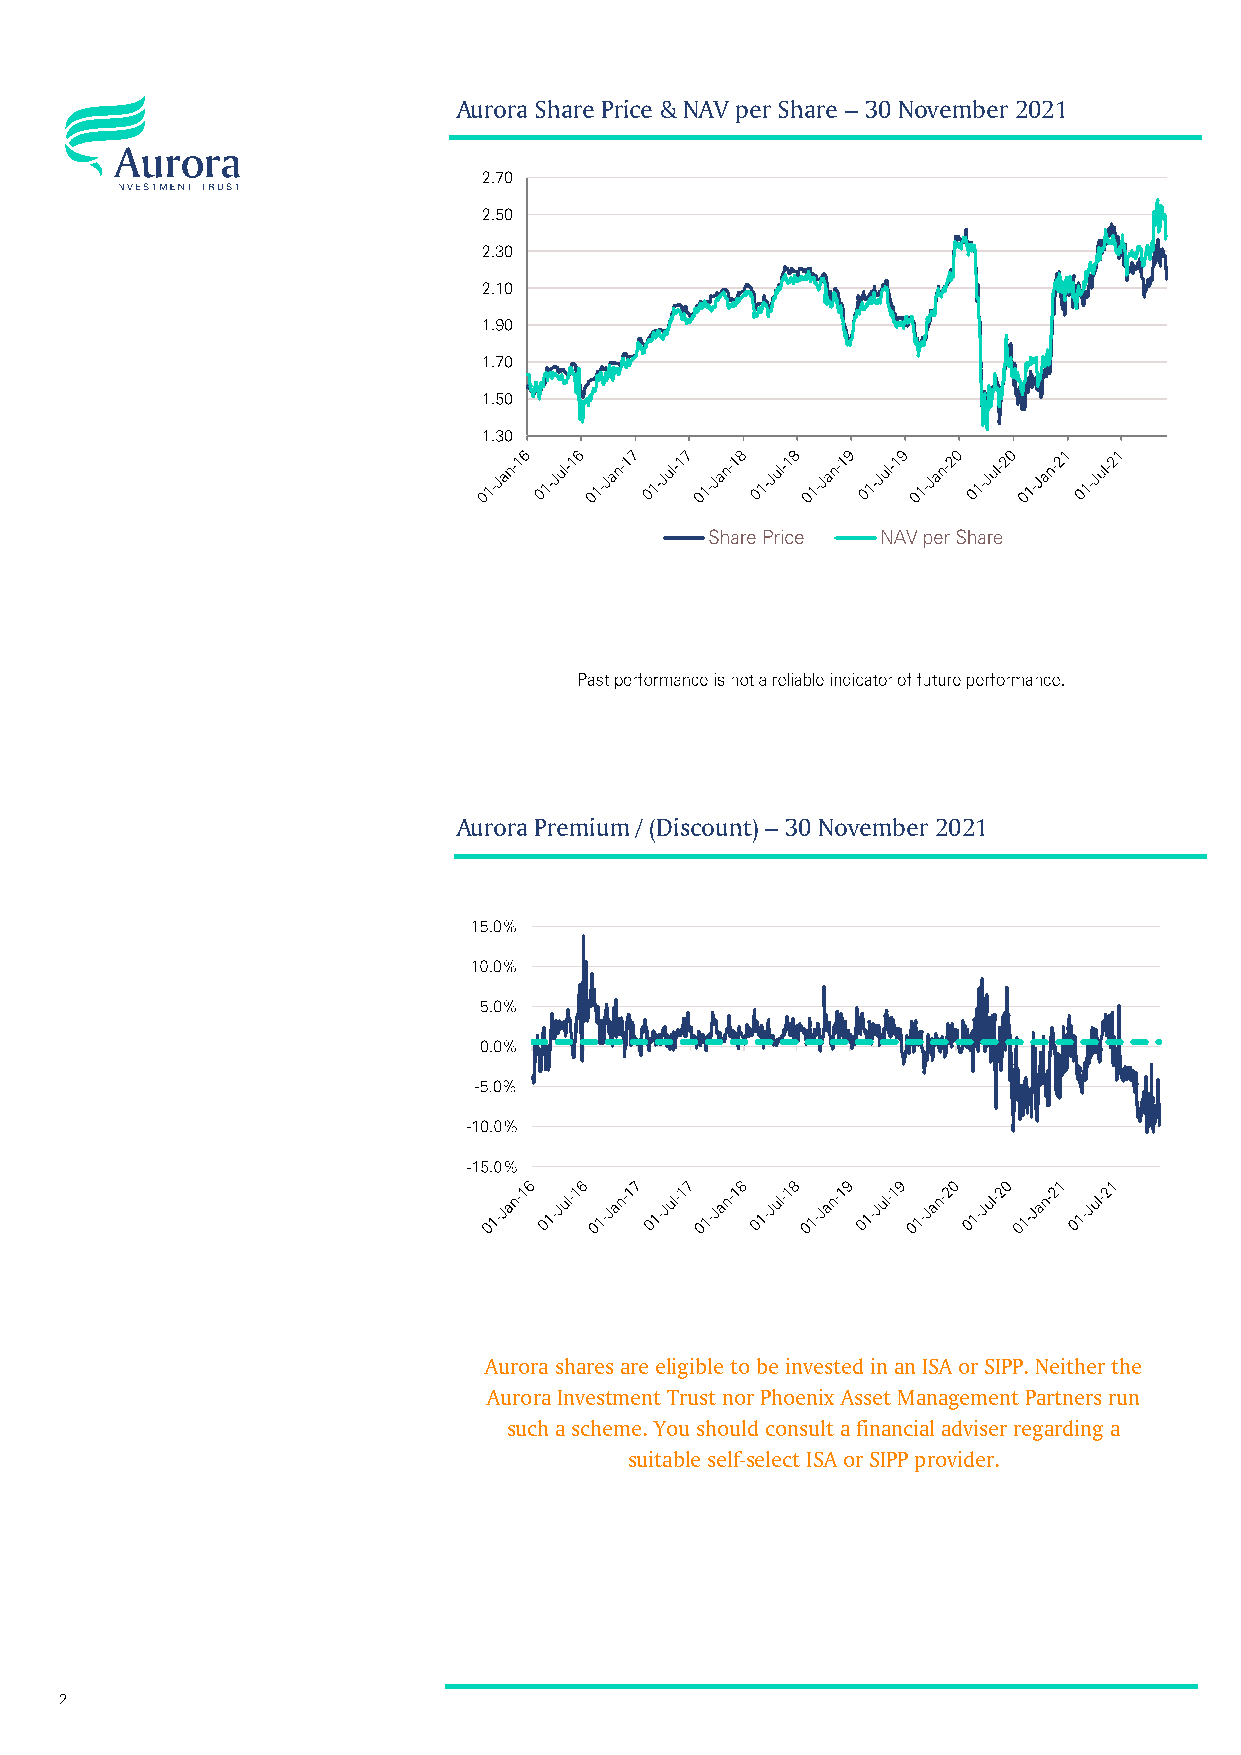
Aurora Share Price & NAV per Share – 30 November 2021
 Aurora Premium / (Discount) – 30 November 2021
 Aurora shares are eligible to be invested in an ISA or SIPP. Neither the
 Aurora Investment Trust nor Phoenix Asset Management Partners run
 such a scheme. You should consult a financial adviser regarding a
 suitable self-select ISA or SIPP provider.